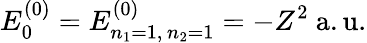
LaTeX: E_{0}^{(0)}=E_{n_{1}=1,\, n_{2}=1}^{(0)}=-Z^{2}{\mathrm{~a.u.}}